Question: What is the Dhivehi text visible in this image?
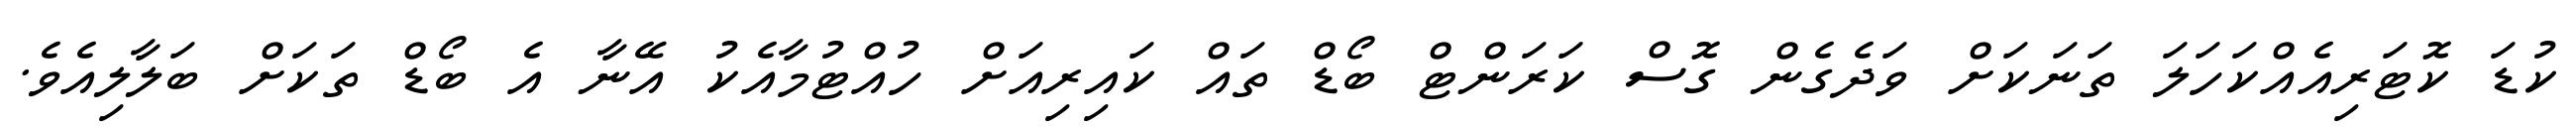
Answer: ކުޑަ ކޮޓަރިއެއްކަހަލަ ތަނަކަށް ވަދެގެން ގޮސް ކަރަންޓް ބޯޑް ތައް ކައިރިއަށް ހުއްޓުމާއެކު އޭނާ އެ ބޯޑް ތަކަށް ބަލާލިއެވެ.